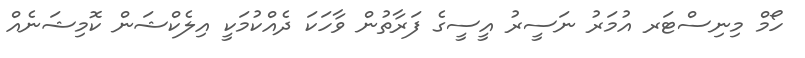
ހޯމް މިނިސްޓަރ އުމަރު ނަސީރު އީސީގެ ފަރާތުން ވާހަކަ ދެއްކުމަކީ އިލެކްޝަން ކޮމިޝަނެއް